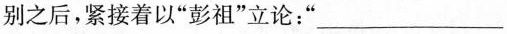
别之后，紧接着以”彭祖”立论：”___